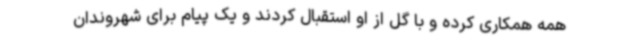
همه همکاری کرده و با گل از او استقبال کردند و یک پیام برای شهروندان